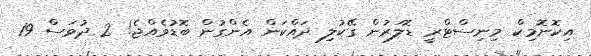
އިކޮނޮމިކް މިނިސްޓްރީ ޑޮލަރުން ގޭކުލި ދައްކަން އެންގުން ބޮޑުވެއްޖެ! 2 ދުވަސް 19